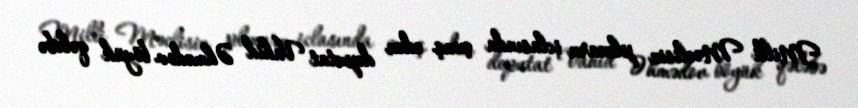
Milli Məclisin plenarn iclasında çıxış edən deputat Vahid Əhmədov böyük qələbə